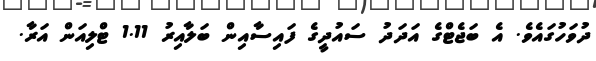
ދުވަހުގައެވެ. އެ ބަޖެޓްގެ އަދަދު ސައުދީގެ ފައިސާއިން ބަލާއިރު 1.11 ޓްލިއަން އަރާ.